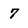
Character: 7